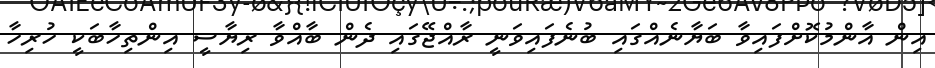
އިން އާންމުކޮށްފައިވާ ބަޔާނެއްގައި ބުނެފައިވަނީ ރާއްޖޭގައި ދެން ބާއްވާ ރިޔާސީ އިންތިހާބަކީ ހުރިހާ